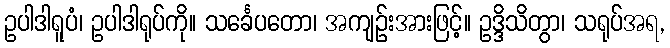
ဥပါဒါရူပံ၊ ဥပါဒါရုပ်ကို။ သင်္ခေပတော၊ အကျဉ်းအားဖြင့်။ ဥဒ္ဒိသိတွာ၊ သရုပ်အရ,